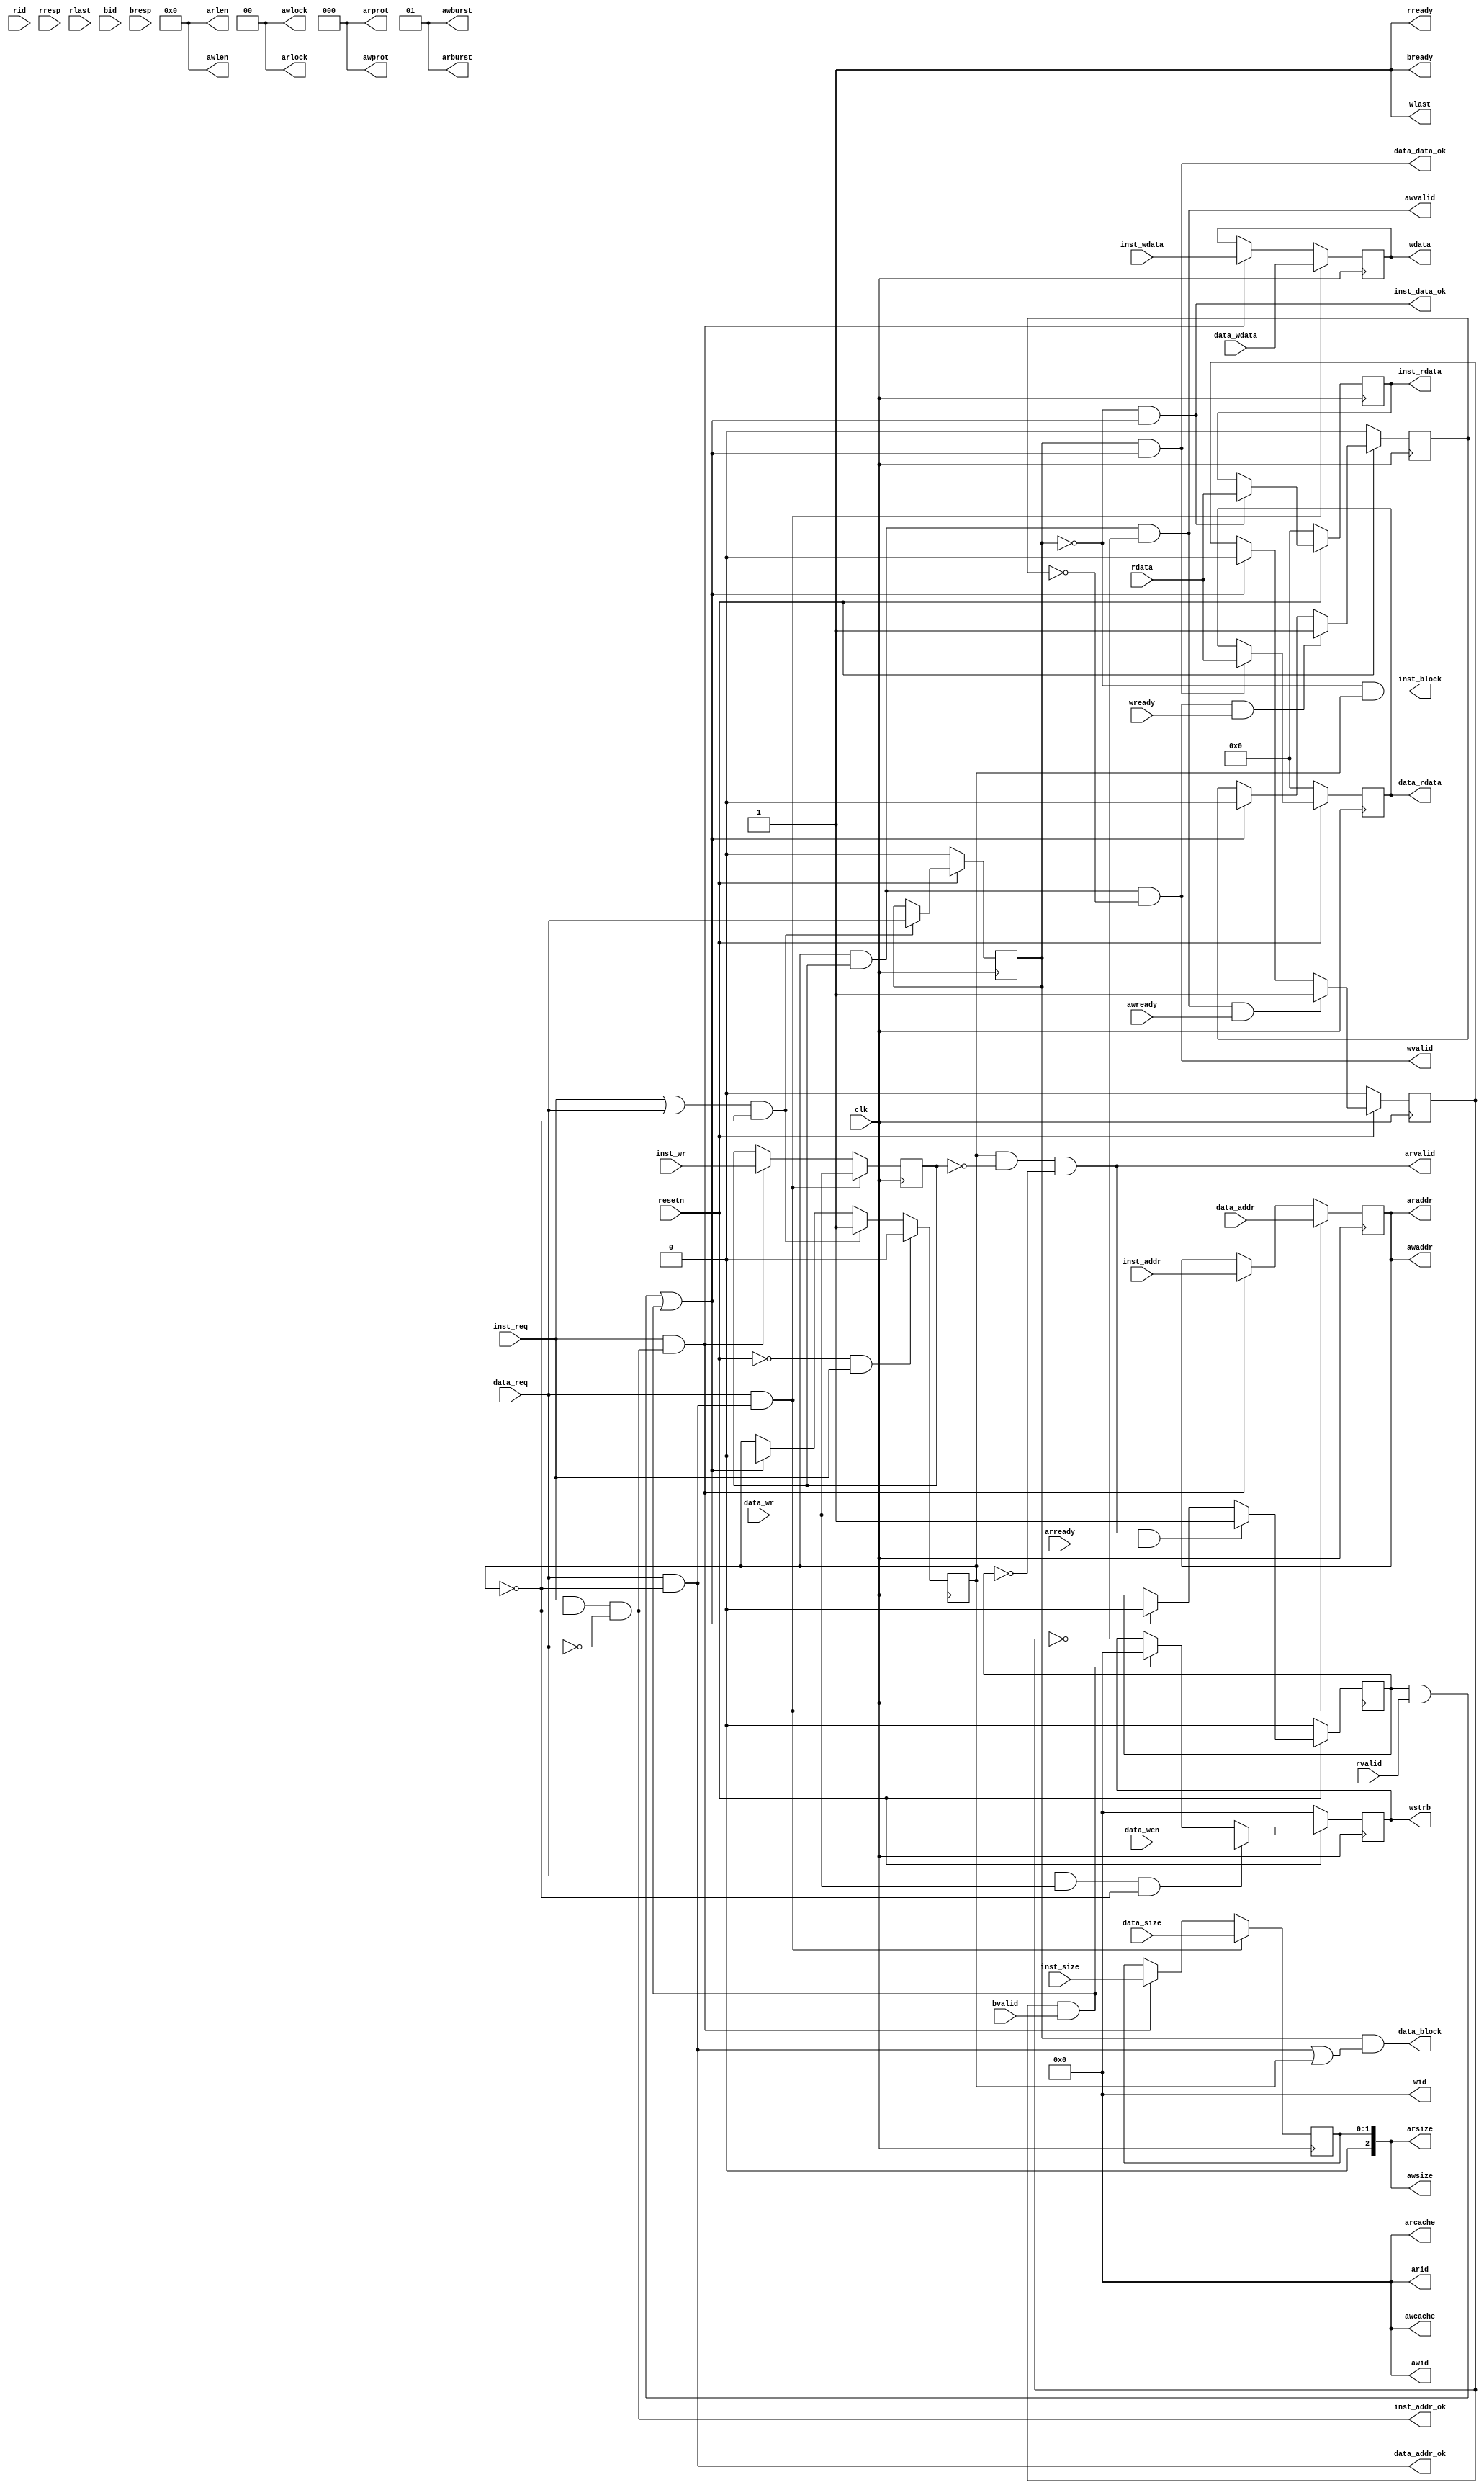
module cpu_axi_interface
(
    input         clk,
    input         resetn, 

    //inst sram-like 
    input         inst_req     ,
    input         inst_wr      ,
    input  [1 :0] inst_size    ,
    input  [31:0] inst_addr    ,
    input  [31:0] inst_wdata   ,
    output reg [31:0] inst_rdata   ,
    output        inst_addr_ok ,
    output        inst_data_ok ,
    
    //data sram-like 
    input         data_req     ,
    input         data_wr      ,
    input  [1 :0] data_size    ,
    input  [31:0] data_addr    ,
    input  [31:0] data_wdata   ,
    output reg [31:0] data_rdata   ,
    output        data_addr_ok ,
    output        data_data_ok ,

    //axi
    //ar
    output [3 :0] arid         ,
    output [31:0] araddr       ,
    output [7 :0] arlen        ,
    output [2 :0] arsize       ,
    output [1 :0] arburst      ,
    output [1 :0] arlock        ,
    output [3 :0] arcache      ,
    output [2 :0] arprot       ,
    output        arvalid      ,
    input         arready      ,
    //r           
    input  [3 :0] rid          ,
    input  [31:0] rdata        ,
    input  [1 :0] rresp        ,
    input         rlast        ,
    input         rvalid       ,
    output        rready       ,
    //aw          
    output [3 :0] awid         ,
    output [31:0] awaddr       ,
    output [7 :0] awlen        ,
    output [2 :0] awsize       ,
    output [1 :0] awburst      ,
    output [1 :0] awlock       ,
    output [3 :0] awcache      ,
    output [2 :0] awprot       ,
    output        awvalid      ,
    input         awready      ,
    //w          
    output [3 :0] wid          ,
    output [31:0] wdata        ,
    output [3 :0] wstrb        ,
    output        wlast        ,
    output        wvalid       ,
    input         wready       ,
    //b           
    input  [3 :0] bid          ,
    input  [1 :0] bresp        ,
    input         bvalid       ,
    output        bready       ,

    output        inst_block,
    output        data_block,

    input  [3 :0] data_wen
);

//-----sram-like-----

reg        type;    //0 is inst; 1 is data.
reg        req_reg;
reg        wr_reg;
reg [ 1:0] size_reg;
reg [31:0] addr_reg;
reg [31:0] wdata_reg;
reg [ 3:0] data_wen_reg;

wire rdata_back;
wire wdata_into;
wire rwfinish;
reg ar_shake;
reg aw_shake;
reg w_shake;

always @(posedge clk) begin
/*    if(~resetn) begin
        type <=1'b0;
        req_reg <=1'b0;
        wr_reg <=1'b0;
        size_reg <=2'b0;
        addr_reg <=32'b0;
        wdata_reg <=32'b0;        
    end
    else begin
        if((inst_req||data_req)&&!req_reg) begin
            req_reg <= 1'b1;
            type <= data_req;
        end
        else if(rwfinish) begin
            req_reg <= 1'b0;
        end

        if(data_req&&data_addr_ok) begin
            wr_reg    <= data_wr;
            size_reg  <= data_size;
            addr_reg  <= data_addr;
            wdata_reg <= data_wdata;  
        end
        else if(inst_req&&inst_addr_ok) begin
            wr_reg    <= inst_wr;
            size_reg  <= inst_size;
            addr_reg  <= inst_addr;
            wdata_reg <= inst_wdata; 
        end
    end  */
    req_reg     <= (!resetn && inst_req)          ? 1'b0 : 
                   (inst_req||data_req)&&!req_reg ? 1'b1 :
                   rwfinish                     ? 1'b0 : req_reg;
    
    type      <=   !resetn ? 1'b0 : 
                   (inst_req||data_req)&&!req_reg ? data_req : type;

    wr_reg    <= data_req&&data_addr_ok ? data_wr :
                 inst_req&&inst_addr_ok ? inst_wr : wr_reg;
    size_reg  <= data_req&&data_addr_ok ? data_size :
                 inst_req&&inst_addr_ok ? inst_size : size_reg;
    addr_reg  <= data_req&&data_addr_ok ? data_addr :
                 inst_req&&inst_addr_ok ? inst_addr : addr_reg;
    wdata_reg <= data_req&&data_addr_ok ? data_wdata :
                 inst_req&&inst_addr_ok ? inst_wdata :wdata_reg;
    data_wen_reg <= !resetn ? 4'b0:
                    (data_req&&data_wr)&&!req_reg ? data_wen:
                    wdata_into? 4'b0: data_wen_reg;

end

//assign inst_rdata = rdata;
//assign data_rdata = rdata;

always @(posedge clk) begin
    inst_rdata <= (!resetn) ? 32'h0 :
                  (inst_data_ok) ? rdata : inst_rdata;
    data_rdata <= (!resetn) ? 32'h0 :
                  (data_data_ok) ? rdata : data_rdata;
end


assign inst_addr_ok = inst_req && !req_reg && !data_req;  //?
assign data_addr_ok = data_req && !req_reg;  //?
assign inst_data_ok = !type && rwfinish;
assign data_data_ok =  type && rwfinish;

assign inst_block = !type && /*inst_req &&*/ req_reg/*&&~inst_data_ok*/;
assign data_block = type /*&& data_req */&&(data_addr_ok||req_reg)/* && ~data_data_ok*/;

//-----axi-----
assign rwfinish   = rdata_back || wdata_into;
assign rdata_back = ar_shake&&rvalid&&rready;
assign wdata_into = aw_shake&&bvalid&&bready;

always @(posedge clk)
begin
    if(~resetn) begin
        ar_shake <= 1'b0;
    end
    else if(arvalid&&arready) begin
        ar_shake <= 1'b1;
    end
    else if(rwfinish) begin
        ar_shake <= 1'b0;
    end

    if(~resetn) begin
        aw_shake <= 1'b0;
    end
    else if(awvalid&&awready) begin
        aw_shake <= 1'b1;
    end
    else if(rwfinish) begin
        aw_shake <= 1'b0;
    end 

    if(~resetn) begin
        w_shake <= 1'b0;
    end
    else if(wvalid&&wready) begin
        w_shake <= 1'b1;
    end
    else if(rwfinish) begin
        w_shake <= 1'b0;
    end           
end

//ar
assign araddr  = addr_reg;
assign arsize  = size_reg;
assign arvalid = req_reg&&!wr_reg&&!ar_shake;
//assign arready = ;

//r
//assign rdata  = ;
//assign rvalid = ;
assign rready = 1'b1;

//aw
assign awaddr  = addr_reg;
assign awsize  = size_reg;
assign awvalid = req_reg&&wr_reg&&!aw_shake;
//assign awready = ;

//w
assign wdata  = wdata_reg;
assign wstrb  = /*size_reg==2'd00 ? 4'b0001<<addr_reg[1:0] :
                size_reg==2'd01 ? 4'b0011<<addr_reg[1:0] : 
                size_reg==2'd10 ? 4'b1111:
                                  4'b0000*/data_wen_reg;
                                 
assign wvalid = req_reg&&wr_reg&&!w_shake;
//assign wready = ;

//b
//assign bvalid = ;
assign bready = 1'b1;


//not care
assign arid    = 4'b0;
assign arlen   = 8'b0;
assign arburst = 2'b01;
assign arlock  = 2'b0;
assign arcache = 4'b0;
assign arprot  = 3'b0;
//assign rid     = 4'b0; //ignore
//assign rresp   = 2'b0; //ignore
//assign rlast   = 1'b0; //ignore
assign awid    = 4'b0;
assign awlen   = 8'b0;
assign awburst = 2'b01;
assign awlock  = 2'b0;
assign awcache = 4'b0;
assign awprot  = 3'b0;
assign wid     = 4'b0;
assign wlast   = 1'b1;
//assign bid     = 4'b0; //ignore
//assign bresp   = 2'b0; //ignore

endmodule